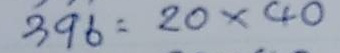
396 = 20 x 40